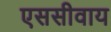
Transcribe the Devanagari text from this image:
एससीवाय